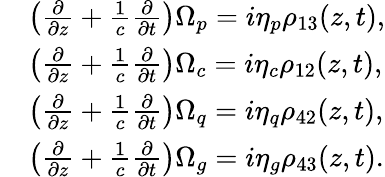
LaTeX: \begin{array}{rl}&{\left(\frac{\partial}{\partial z}+\frac{1}{c}\frac{\partial}{\partial t}\right)\Omega_{p}=i\eta_{p}\rho_{13}(z,t),}\\ &{\left(\frac{\partial}{\partial z}+\frac{1}{c}\frac{\partial}{\partial t}\right)\Omega_{c}=i\eta_{c}\rho_{12}(z,t),}\\ &{\left(\frac{\partial}{\partial z}+\frac{1}{c}\frac{\partial}{\partial t}\right)\Omega_{q}=i\eta_{q}\rho_{42}(z,t),}\\ &{\left(\frac{\partial}{\partial z}+\frac{1}{c}\frac{\partial}{\partial t}\right)\Omega_{g}=i\eta_{g}\rho_{43}(z,t).}\end{array}